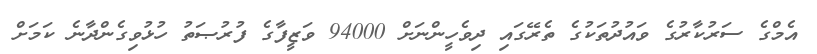
އެމްގެ ސަރުކާރުގެ ވައުދުތަކުގެ ތެރޭގައި ދިވެހީންނަށް 94000 ވަޒީފާގެ ފުރުޞަތު ހުޅުވިގެންދާނެ ކަމަށް